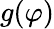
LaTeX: g(\varphi)